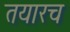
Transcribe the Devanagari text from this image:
तयारच